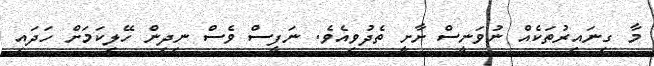
މާ ގިނައިރުތަކެއް ނުވަނީސް ށާށީ ތެދުވިއެވެ. ނަފީސް ވެސް ނިދިން ހޭލިކަމަށް ހަދައި